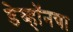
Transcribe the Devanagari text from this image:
डेव्हॉनचा